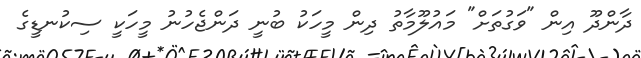
ދާންދޫ އިން "ވަގުތަށް" މައުލޫމާތު ދިން މީހަކު ބުނީ ދަންޖެހުނު މީހަކީ ސިކުނޑީގެ